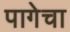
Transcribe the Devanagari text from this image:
पागेचा